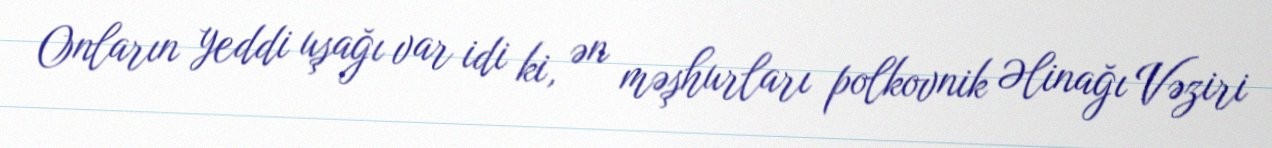
Onların yeddi uşağı var idi ki, ən məşhurları polkovnik Əlinağı Vəziri